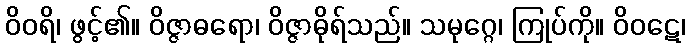
ဝိဝရိ၊ ဖွင့်၏။ ဝိဇ္ဇာဓရော၊ ဝိဇ္ဇာဓိုရ်သည်။ သမုဂ္ဂေ၊ ကြုပ်ကို။ ဝိဝဋေ၊